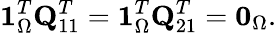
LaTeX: \mathbf{1}_{\Omega}^{T}\mathbf{Q}_{11}^{T}=\mathbf{1}_{\Omega}^{T}\mathbf{Q}_{21}^{T}=\mathbf{0}_{\Omega}.